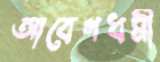
আবেগধর্মী